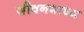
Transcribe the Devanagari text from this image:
जीवनभाष्य